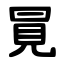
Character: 㒻